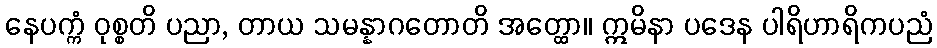
နေပက္ကံ ဝုစ္စတိ ပညာ, တာယ သမန္နာဂတောတိ အတ္ထော။ ဣမိနာ ပဒေန ပါရိဟာရိကပညံ